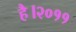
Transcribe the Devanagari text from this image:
है।२०११